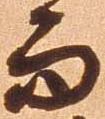
而